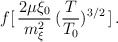
\begin{align*}\:f[\,\frac{2\mu \xi _{0}}{m_{\xi }^{2}}\,(\frac{T}{T_{0}})^{3/2}\,] \,.\:\end{align*}